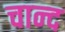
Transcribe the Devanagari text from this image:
चान्‍द